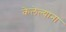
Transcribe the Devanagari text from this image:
केलेल्याना